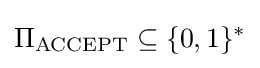
\Pi _{\text{ACCEPT}}\subseteq \{0,1\}^{*}